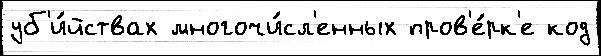
уб'и́йствах многочи́сл'енных пров'е́рк'е код